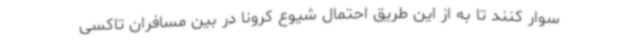
سوار کنند تا به از این طریق احتمال شیوع کرونا در بین مسافران تاکسی